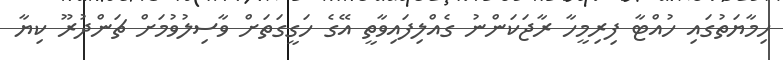
ހިމާޔަތުގައި ހުއްޓާ ފިރިމީހާ ރާޖަކަންނު ގެއްލިފައިވާތީ އޭގެ ހަގީގަތަށް ވާސިލުވުމަށް ޗަންދުރޫ ކިޔާ